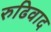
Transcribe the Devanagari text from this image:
रुढिवाद